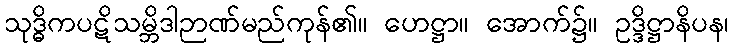
သုဒ္ဓိကပဋိသမ္ဘိဒါဉာဏ်မည်ကုန်၏။ ဟေဋ္ဌာ။ အောက်၌။ ဥဒ္ဒိဋ္ဌာနိပန၊